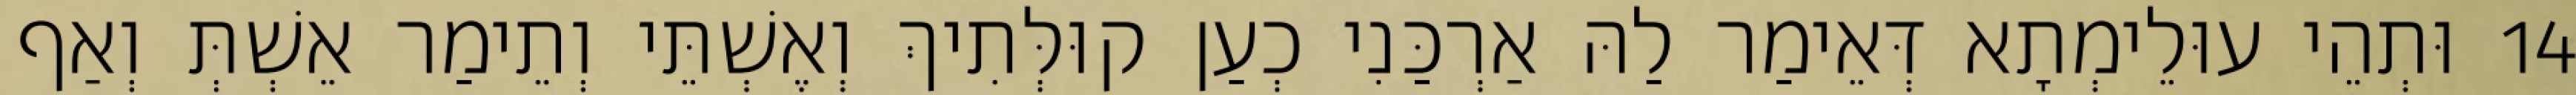
14 וּתְהֵי עוּלֵימְתָא דְּאֵימַר לַהּ אַרְכַּנִי כְעַן קוּלְּתִיךְ וְאֶשְׁתֵּי וְתֵימַר אֵשְׁתְּ וְאַף